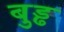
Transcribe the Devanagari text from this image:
बुड्ढ